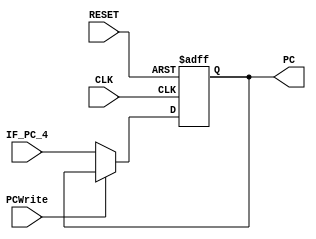
module PC (
	input CLK, RESET, PCWrite,
	input [31:0] IF_PC_4,
	output reg [31:0] PC
	);

always @(posedge RESET or posedge CLK)
begin
	if (RESET == 1'b1) begin
		PC <= 32'b0;
	end
	else
	begin 
		if (PCWrite == 1'b0)
		begin
			PC <= IF_PC_4;
		end
		else
		begin
			PC <= PC;
		end
	end
end

endmodule